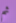
ثم